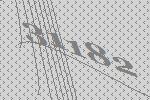
31182